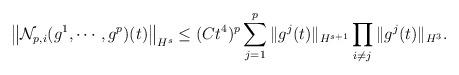
LaTeX: \begin{align*}\big\|\mathcal{N}_{p,i}(g^1,\cdots,g^p)(t)\big\|_{H^s}\leq (Ct^4)^p\sum_{j=1}^p\|g^j(t)\|_{H^{s+1}}\prod_{i\neq j}\|g^j(t)\|_{H^{3}}.\end{align*}